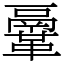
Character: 鞷